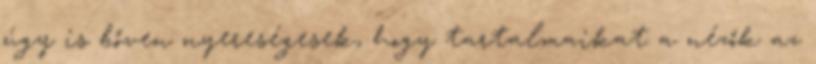
úgy is bőven nyereségesek, hogy tartalmaikat a nézők az